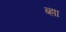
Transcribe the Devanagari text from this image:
ब्ह्राा